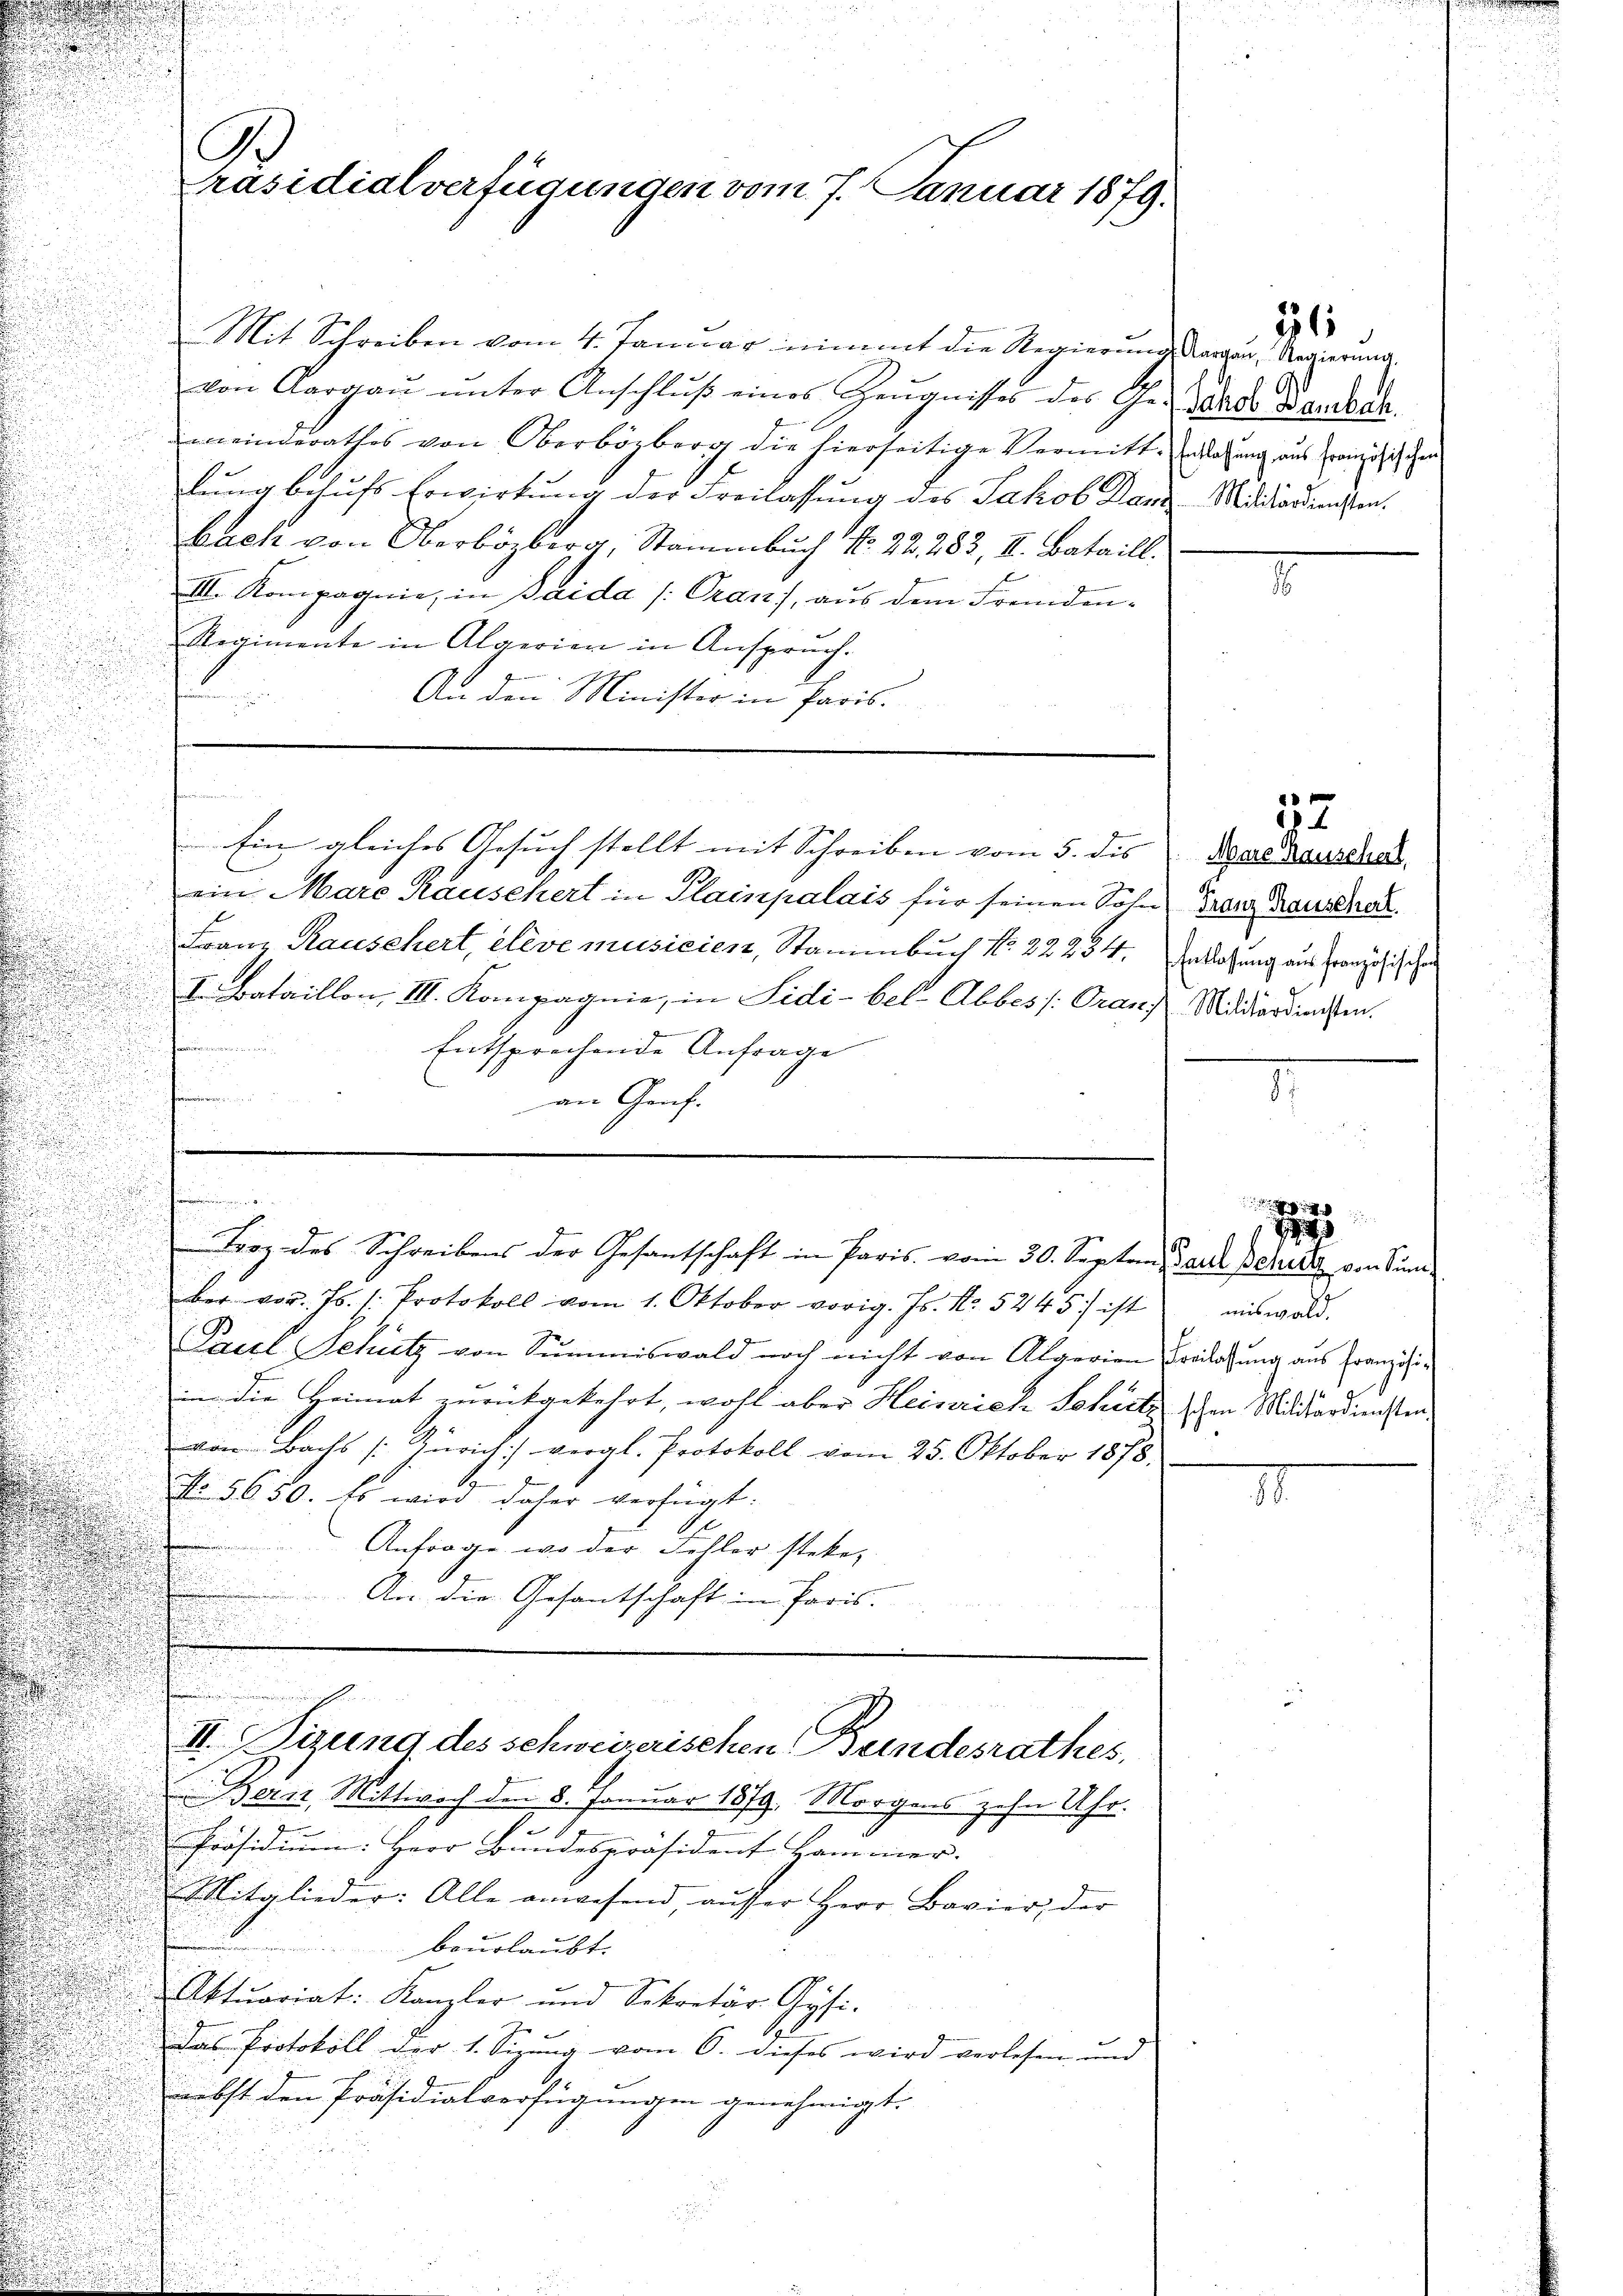
Präsidialverfügungen vom 7. Januar 1879.

Mit Schreiben vom 4. Januar nimmt die Regierung dargen Regierung,
von Aargaŭ ŭnter Anschlŭβ eines Zeŭgnisses des Gerade Branda
meinderathes von Oberbözberg die hierseitige Vermittenderung aus Französischen
lung behufs Erwirkung der Freilassung des Jakob Dank-Medikordinisten.
Back von Oberbözberg, Stammbuch No. 22. 283, II. Bataill.
III. Kompagnie, in Baida (Gran), aus dem Fremden¬
Regimente in Algerien in Anspruch.
a
An den Minister in Paris.
2
Ein gleiches Gesuch stellt mit Schreiben vom 5. dis
ein Marc Rauschert in Plainpalais für seinen Sohn Franz Rausche
Franz Rauschert, eleve musicien, Stammbuch No. 22254. Entlaßung aus französischen
I. Bataillon, III. Kompagnie, in Sidi-bel. Abbes /: Graus Militardinisten.
Schen
fanien
Entsprechende Anfrage
2
.
an Graf.
¬
u

.
n
ber vor. Js. s. Protokoll vom 1. Oktober vorig. Js. No. 5245. ist
Pacel Schutz von Summiswald noch nicht von Algerien Freilassŭng aus Französi
in die Heimat zurückgekehrt, wohl aber Heinrich Schutz
von Bachs [Zürich vergl. Protokoll vom 25. Oktober 1878.
No. 5650. Es wird daher verfügt:
Anfrage, wo der Fehler steke,
An die Gesantschaft in Paris.
II. Sizung des schweizerischen Bundesrathes,
Bern, Mittwoch den 8. Januar 1879. Morgens zehn Uhr.
1
Präsidium: Herr Bundespräsident Hammer.
Mitglieder: Alle anwesend, aŭsser Herr Bavier, der
beurlaubt.
Aktuariat: Kanzler und Sekretär Gysi-
das Protokoll der 1. Sizung vom 6. dieses wird verlesen und
iebst den Präsidialverfügungen genehmigt.
.
.
u

n

e

Troz des Schreibens der Gesantschaft in Paris vom 30. Septem Garte Behrere von Sund¬

E

7

21

Mare Hauschert,

12

miswald.
14
schen Militärdiensten.